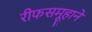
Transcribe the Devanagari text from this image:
रीफसमूहाने